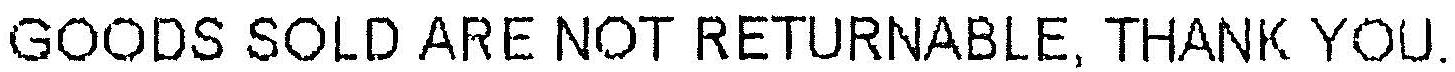
GOODS SOLD ARE NOT RETURNABLE, THANK YOU.